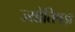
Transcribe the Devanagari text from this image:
ज्योतिषज्ञ